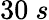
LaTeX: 30~s